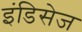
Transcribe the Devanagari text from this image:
इंडिसेज